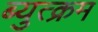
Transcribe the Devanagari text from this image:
ब्युत्क्रम